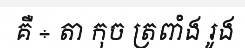
គឺ ÷ តា កុច ត្រពាំង រូង